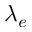
\lambda _ { e }